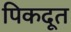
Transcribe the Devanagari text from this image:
पिकदूत